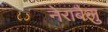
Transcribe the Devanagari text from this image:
नेराबैलु